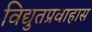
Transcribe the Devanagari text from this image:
विद्युतप्रवाहास